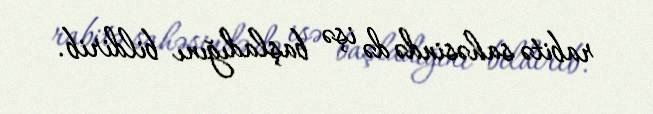
rabitə sahəsində də işə başladığını bildirib.